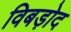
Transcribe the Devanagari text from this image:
विबड़ोद